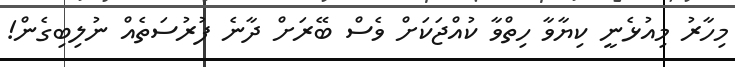
މިހާރު މިއުޅެނީ ކިޔާވާ ހިތްވާ ކުއްޖަކަށް ވެސް ބޭރަށް ދާނެ ފުރުސަތެއް ނުލިބިގެން!